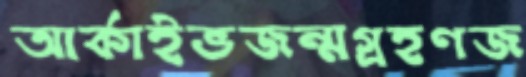
আর্কাইভজন্মগ্রহণজ